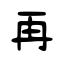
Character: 再